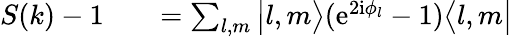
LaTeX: \begin{array}{rlr}{S(k)-1}&{{}}&{=\sum_{l,m}\big|l,m\bigr\rangle(\mathrm{e}^{2\mathrm{i}\phi_{l}}-1)\bigl\langle l,m\big|}\end{array}